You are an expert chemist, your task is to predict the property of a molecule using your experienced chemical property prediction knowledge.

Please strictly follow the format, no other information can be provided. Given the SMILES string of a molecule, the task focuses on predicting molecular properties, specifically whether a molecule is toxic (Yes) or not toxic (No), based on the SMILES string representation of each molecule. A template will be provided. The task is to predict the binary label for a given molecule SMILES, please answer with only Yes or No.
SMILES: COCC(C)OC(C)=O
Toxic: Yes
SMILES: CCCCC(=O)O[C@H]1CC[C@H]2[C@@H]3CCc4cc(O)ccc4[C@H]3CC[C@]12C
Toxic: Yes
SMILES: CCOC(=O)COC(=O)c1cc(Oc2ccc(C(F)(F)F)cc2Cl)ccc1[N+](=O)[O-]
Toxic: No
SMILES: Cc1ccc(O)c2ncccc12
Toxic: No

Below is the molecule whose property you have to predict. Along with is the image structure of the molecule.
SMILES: CCOS(=O)(=O)OCC
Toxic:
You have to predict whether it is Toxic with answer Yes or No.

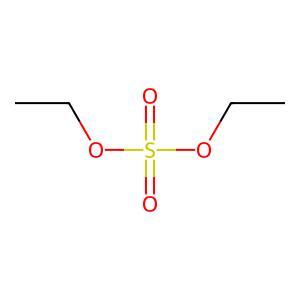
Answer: No